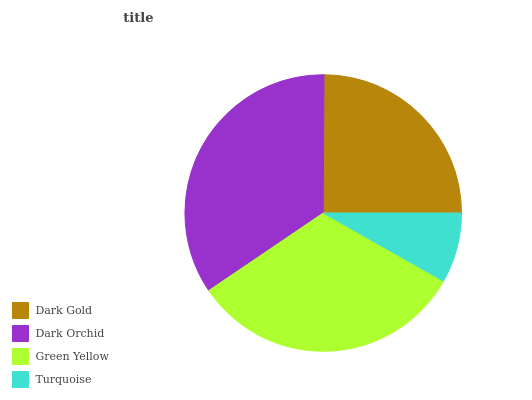
| Dark Gold | Dark Orchid | Green Yellow | Turquoise |
 | --- | --- | --- | --- |
 | 25% | 34.5% | 32.3% | 8.19% |